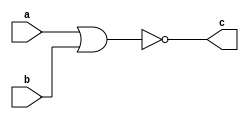
module nor2( a,b,c);
input a,b;
output c;
assign c=~(a|b);
endmodule